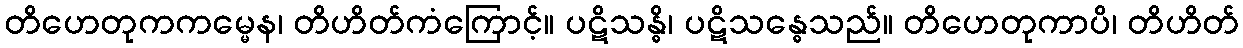
တိဟေတုကကမ္မေန၊ တိဟိတ်ကံကြောင့်။ ပဋိသန္ဓိ၊ ပဋိသန္ဓေသည်။ တိဟေတုကာပိ၊ တိဟိတ်